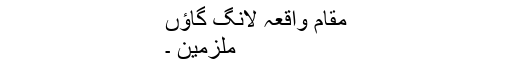
مقام واقعہ لانگ گاؤں
ملزمین ۔